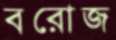
বরোজ